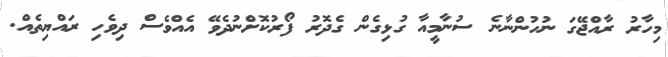
މިހާރު ރާއްޖޭގަ ނުހުންނާނެ ސުނާމީއާ ގުޅިގެން ގެދޮރު ފޯރުކޮށްނުދެވޭ އެއްވެސް ދިވެހި ރައްޔިތެއް.